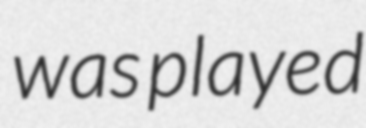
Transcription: was played